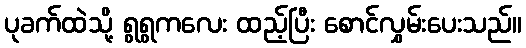
ပုခက်ထဲသို့ ရွရွကလေး ထည့်ပြီး စောင်လွှမ်းပေးသည်။